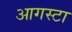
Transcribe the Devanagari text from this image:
आगस्टा